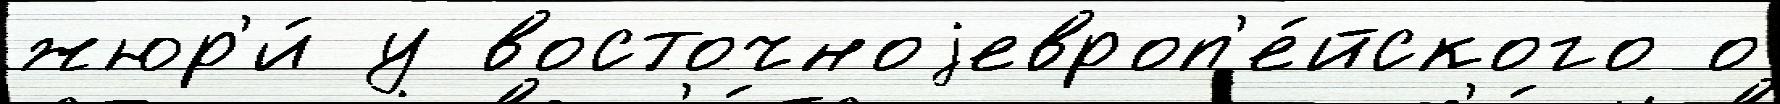
жюр'и́ у восточноjевроп'е́йского о